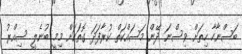
ބަސްނާހާ ހިތަށް ވިސްނަ ދޭން މަސައްކަތް ކުރާފަދަ ގޮތަކަށް މިމީ ބުނެލީ ސިއްރު